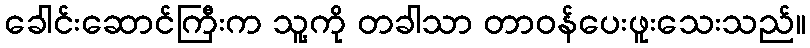
ခေါင်းဆောင်ကြီးက သူ့ကို တခါသာ တာဝန်ပေးဖူးသေးသည်။